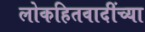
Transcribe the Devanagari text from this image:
लोकहितवादींच्या